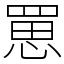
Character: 罳